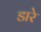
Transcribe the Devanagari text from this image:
डारे